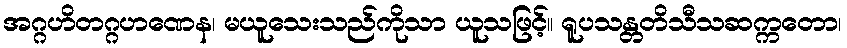
အဂ္ဂဟိတဂ္ဂဟဏေန၊ မယူသေးသည်ကိုသာ ယူသဖြင့်။ ရူပသန္တတိသီသဆက္ကတော၊